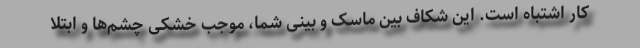
کار اشتباه است. این شکاف بین ماسک و بینی شما، موجب خشکی چشم‌ها و ابتلا